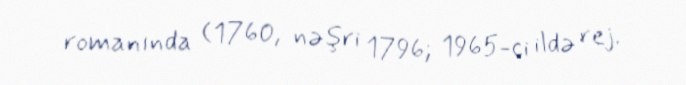
romanında (1760, nəşri 1796; 1965-ci ildə rej.